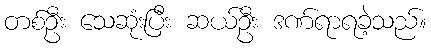
တစ်ဦး သေဆုံးပြီး ဆယ်ဦး ဒဏ်ရာရခဲ့သည်။